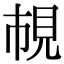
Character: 𧠎